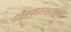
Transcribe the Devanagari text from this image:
फॉस्फरससुक्त